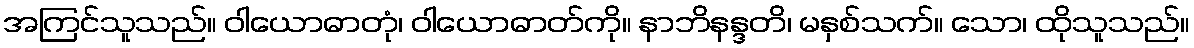
အကြင်သူသည်။ ဝါယောဓာတုံ၊ ဝါယောဓာတ်ကို။ နာဘိနန္ဒတိ၊ မနှစ်သက်။ သော၊ ထိုသူသည်။